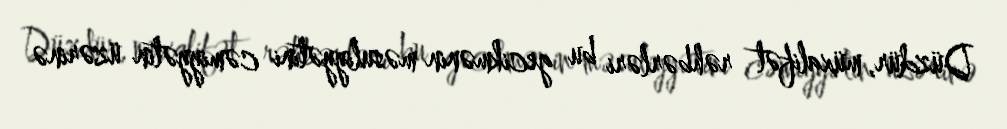
Düzdür, müxalifət rəhbərləri bu gecikmənin məsuliyyətini cəmiyyətin üzərinə